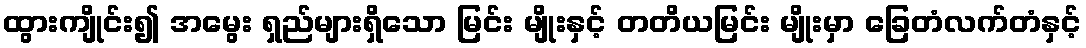
ထွားကျိုင်း၍ အမွေး ရှည်များရှိသော မြင်း မျိုးနှင့် တတိယမြင်း မျိုးမှာ ခြေတံလက်တံနှင့်